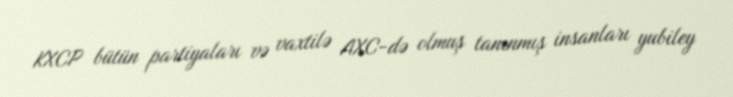
KXCP bütün partiyaları və vaxtilə AXC-də olmuş tanınmış insanları yubiley